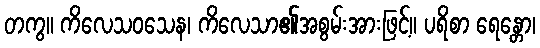
တကွ။ ကိလေသဝသေန၊ ကိလေသာ၏အစွမ်းအားဖြင့်။ ပရိစာ ရေန္တော၊